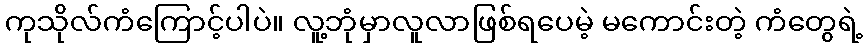
ကုသိုလ်ကံကြောင့်ပါပဲ။ လူ့ဘုံမှာလူလာဖြစ်ရပေမဲ့ မကောင်းတဲ့ ကံတွေရဲ့